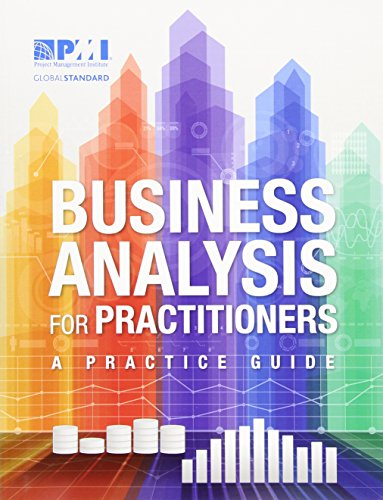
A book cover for Business Analysis for Practitioners: A Practice Guide; Project Management Institute; Business & Money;